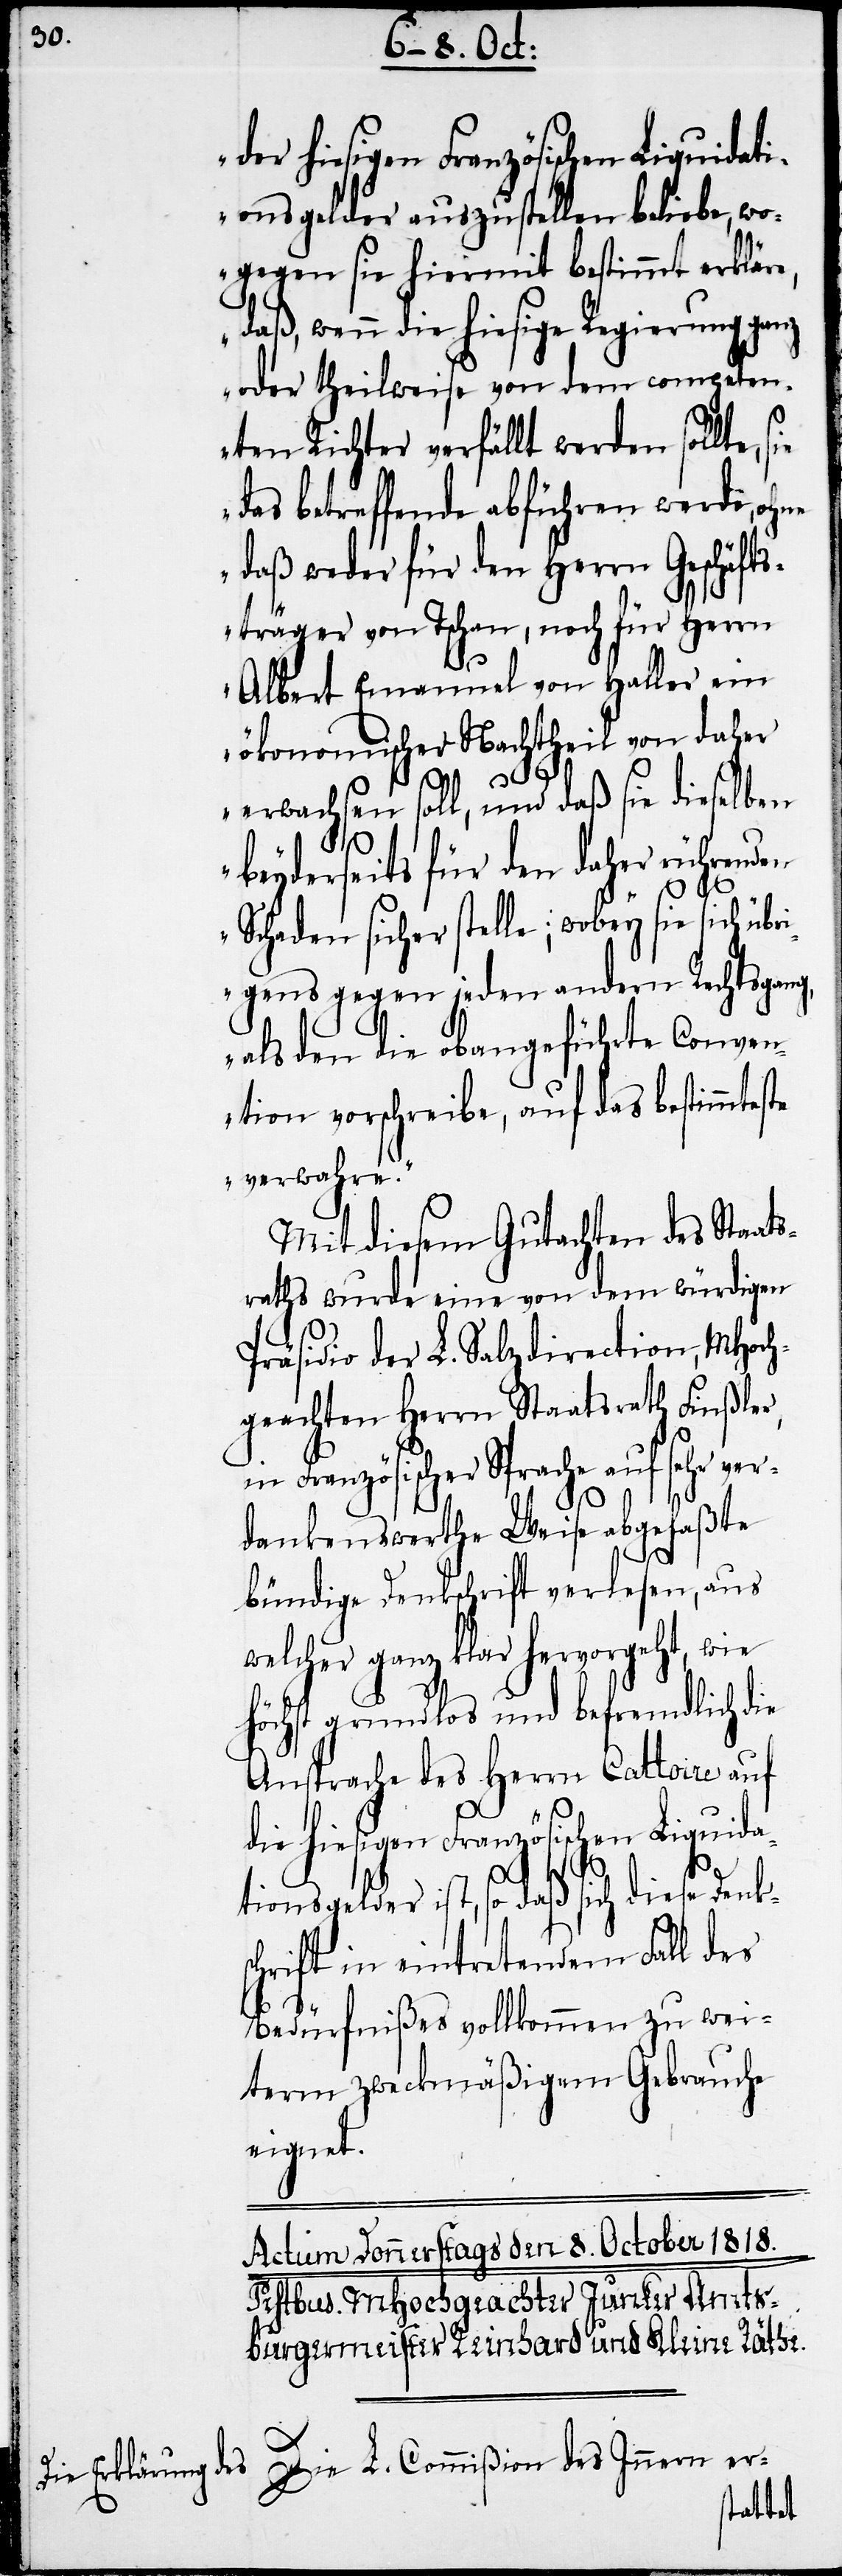
tionsgelder auszustellen beliebe, wo¬
gegen sie hiermit bestimmt erkläre,
daß, wenn die hiesige Regierung ganz
oder theilweise von dem competen¬
ten Richter verfällt werden sollte,
das betreffende abführen werde, ohne
daß weder für den Herrn Geschäfts¬
träger von Tschan, noch für Herrn
Albert Emanuel von Haller ein
ökonomischer Nachtheil von daher
erwachsen soll, und daß sie dieselben
beyderseits für den daher rührenden
Schaden sicher stelle; wobey sie sich übr¬
igens gegen jeden andern Rechtsgang,
als den die obangeführte Conven¬
tion vorschreibe, auf das bestimmteste
verwahre.“
Mit diesem Gutachten des Staat¬
sraths wurde eine von dem würdigen
Präsidio der L. Salzdirection, MHoch¬
geachten Herrn Staatsrath Finßler,
in Französischer Sprache auf sehr ver¬
dankenswerthe Weise abgefaßte
bündige Denkschrift verlesen, aus
welcher ganz klar hervorgeht, wie
höchst grundlos und befremdlich die
Ansprache des Herrn Cattoire auf
die hiesigen Französischen Liquida¬
tionsgelder ist, so daß sich diese Denks¬
chrift in eintretendem Fall des
Bedürfnißes vollkommen zu wei¬
term zweckmäßigem Gebrauche
eignet.
Die L. Commißion des Innern er-